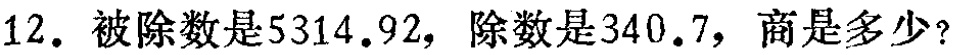
12. 被除数是$5314.92$，除数是$340.7$，商是多少？